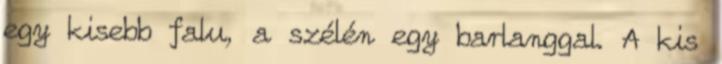
egy kisebb falu, a szélén egy barlanggal. A kis